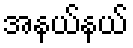
အနယ်နယ်